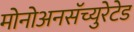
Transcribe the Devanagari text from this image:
मोनोअनसॅच्युरेटेड